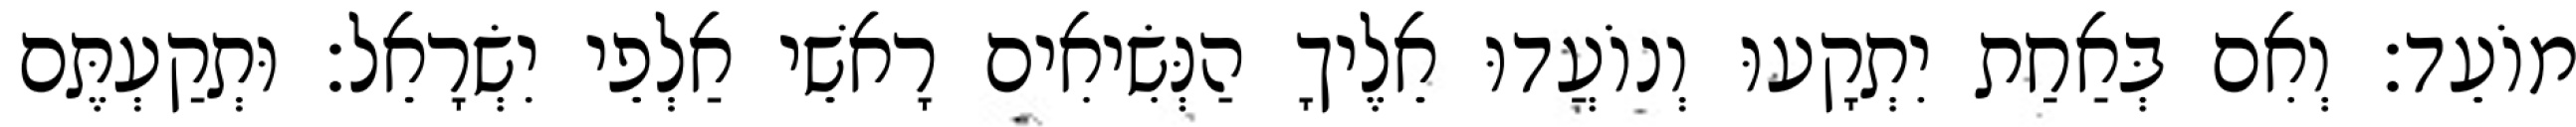
מוֹעֵד׃ וְאִם בְּאַחַת יִתְקָעוּ וְנוֹעֲדוּ אֵלֶיךָ הַנְּשִׂיאִים רָאשֵׁי אַלְפֵי יִשְׂרָאֵל׃ וּתְקַעְתֶּם